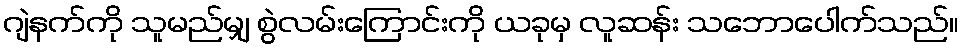
ဂျဲနက်ကို သူမည်မျှ စွဲလမ်းကြောင်းကို ယခုမှ လူဆန်း သဘောပေါက်သည်။